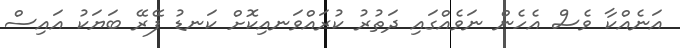
އަނެއްކާ ވެސް އެހެން ނަވެއްގައި ދަތުރު ކުރައްވަނއިކޮށް ކަނޑު ފޭރޭ ބަޔަކު އައިސް